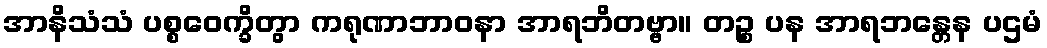
အာနိသံသံ ပစ္စဝေက္ခိတွာ ကရုဏာဘာဝနာ အာရဘိတဗ္ဗာ။ တဉ္စ ပန အာရဘန္တေန ပဌမံ